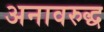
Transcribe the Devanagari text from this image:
अनावरुद्ध